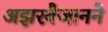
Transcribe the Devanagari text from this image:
अझरबैजानने